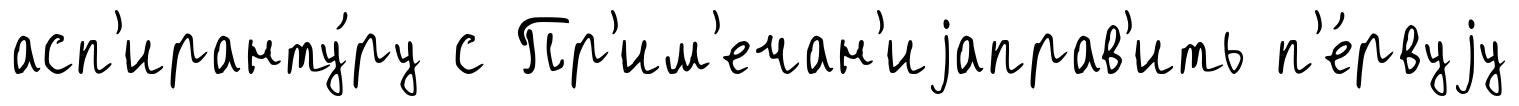
асп'иранту́ру с Пр'им'ечан'иjаправ'ить п'е́рвуjу